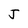
Character: J